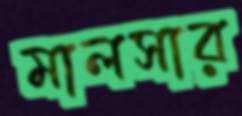
মালসার